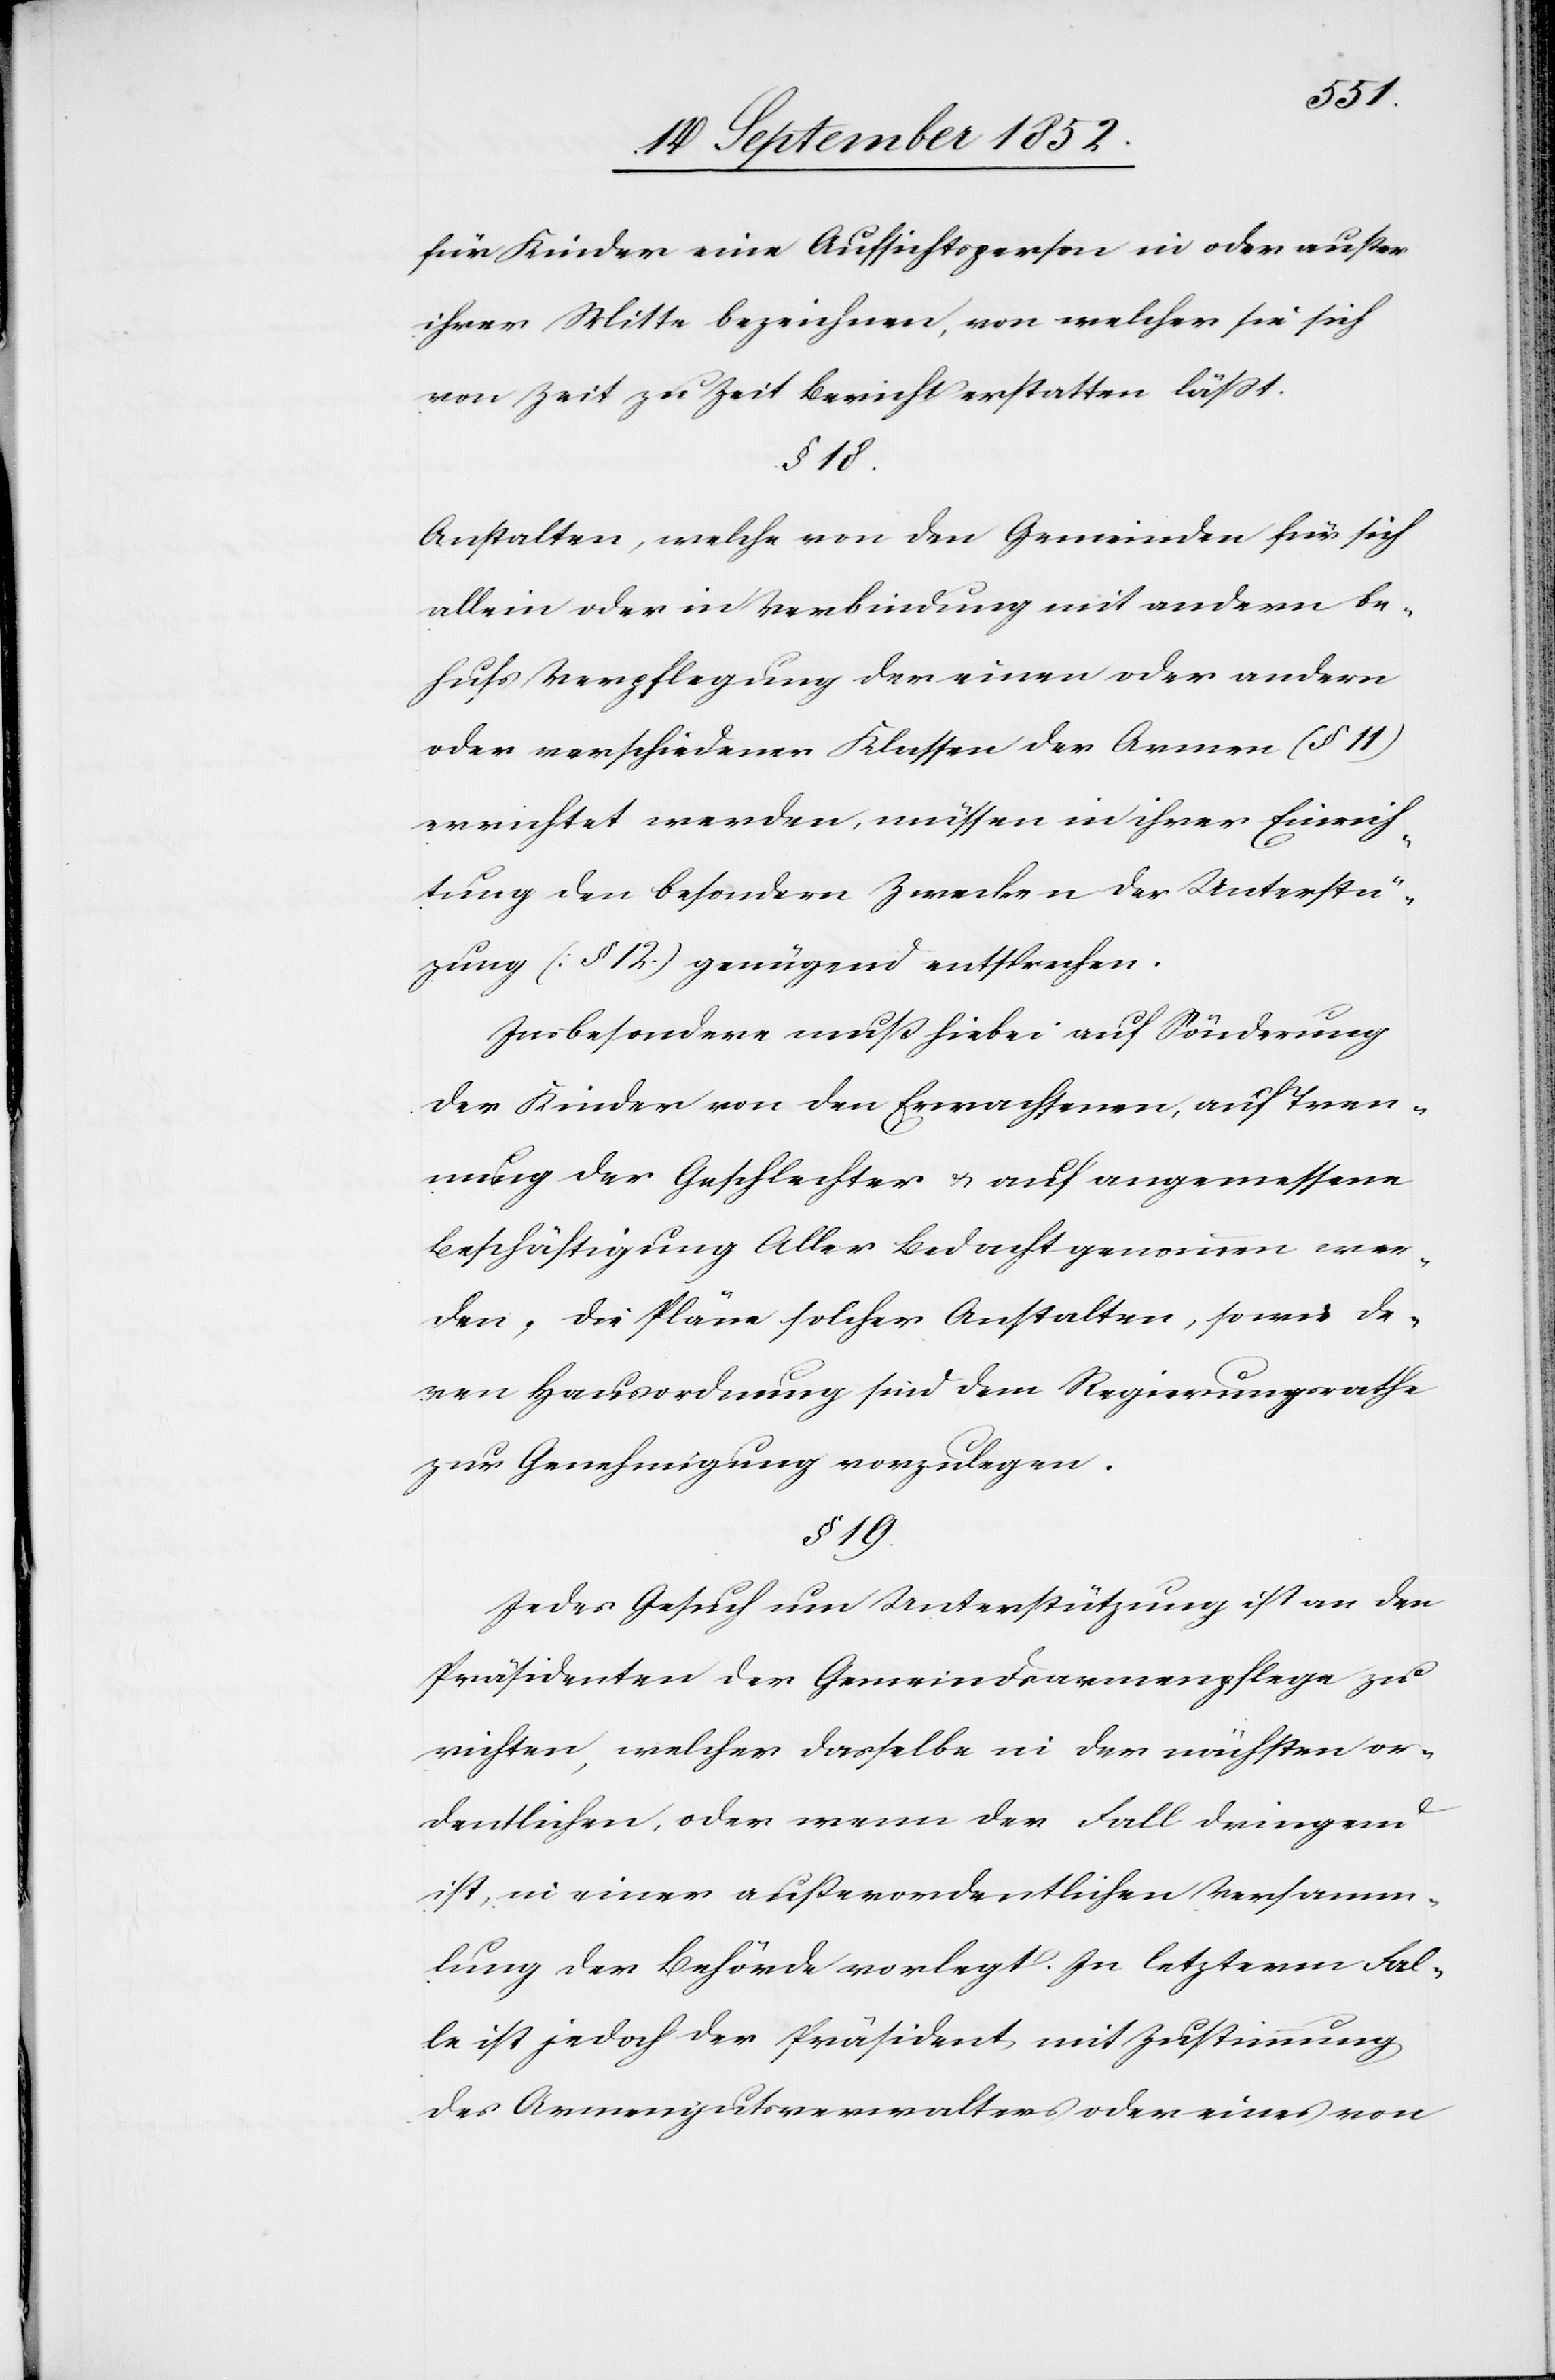
für Kinder eine Aufsichtsperson in oder außer
ihrer Mitte bezeichnen, von welcher sie sich
von Zeit zu Zeit Bericht erstatten lässt.
§ 18.
Anstalten, welche von den Gemeinden für sich
allein oder in Verbindung mit andern be¬
hufs Verpflegung der einen oder andern
oder verschiedener Klassen der Armen (§ 11)
errichtet werden, müssen in ihrer Einrich¬
tung den besondern Zwecken der Unterstü[t]z¬
ung (§ 12) genügend entsprechen.
Insbesondere muß hiebei auf Sönderung
der Kinder von den Erwachsenen, auf Tren¬
nung der Geschlechter & auf angemessene
Beschäftigung Aller Bedacht genommen wer¬
den. Die Pläne solcher Anstalten, sowie de¬
ren Hausordnung sind dem Regierungsrathe
zur Genehmigung vorzulegen.
§ 19.
Jedes Gesuch um Unterstützung ist an den
Präsidenten der Gemeindsarmenpflege zu
richten, welcher dasselbe in der nächsten or¬
dentlichen, oder wenn der Fall dringend
ist, in einer außerordentlichen Versamm¬
lung der Behörde vorlegt. In letzterm Fal¬
le ist jedoch der Präsident mit Zustimmung
des Armengutsverwalters oder eines von